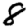
Digit: 8